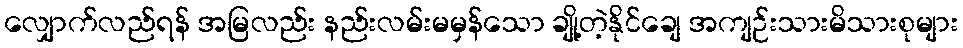
လျှောက်လည်ရန် အမြလည်း နည်းလမ်းမမှန်သော ချို့တဲ့နိုင်ချေ အကျဉ်းသားမိသားစုများ